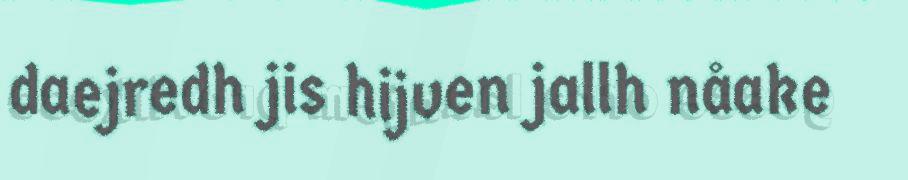
daejredh jis hijven jallh nåake